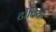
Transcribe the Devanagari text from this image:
टोंटियां